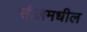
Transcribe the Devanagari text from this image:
सीलमधील